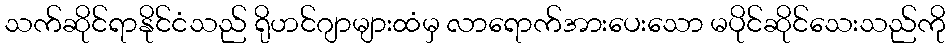
သက်ဆိုင်ရာနိုင်ငံသည် ရိုဟင်ဂျာများထံမှ လာရောက်အားပေးသော မပိုင်ဆိုင်သေးသည်ကို